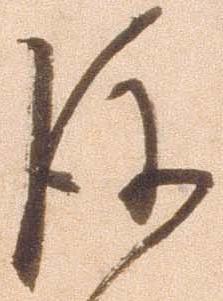
後